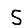
Digit: 5